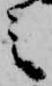
之